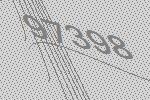
97398